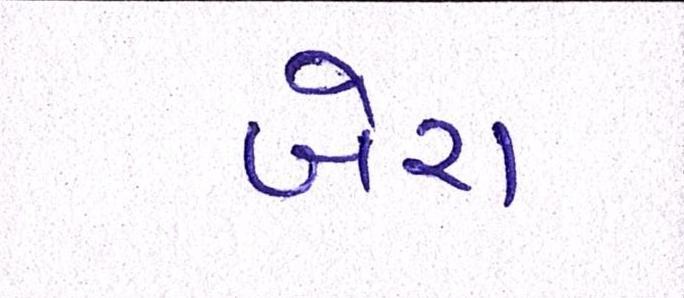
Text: બેરા